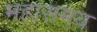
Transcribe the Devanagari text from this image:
महासमय